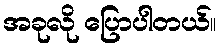
အခုလို ပြောပါတယ်။